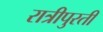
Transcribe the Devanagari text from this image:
रात्रीपुरती